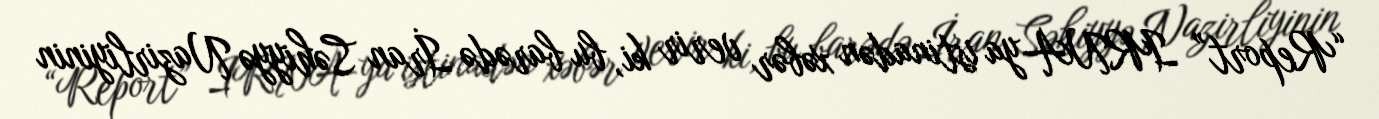
“Report” IRNA-ya istinadən xəbər verir ki, bu barədə İran Səhiyyə Nazirliyinin